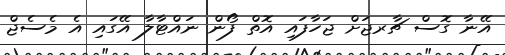
އޭނާ ގޮސް ޗާރޖަށް ޖަހާފައި އޮތް ފޯން ނައްޓާލާ އޭގައި އެ މެސެޖް